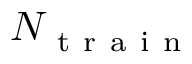
N _ { \mathrm { ~ t ~ r ~ a ~ i ~ n ~ } }